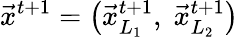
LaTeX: \vec{x}^{t+1}=\left(\vec{x}_{L_{1}}^{t+1},\; \vec{x}_{L_{2}}^{t+1}\right)